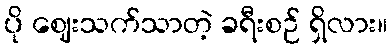
ပို ဈေးသက်သာတဲ့ ခရီးစဉ် ရှိလား။